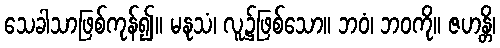
သေခါသာဖြစ်ကုန်၍။ မနုသံ၊ လူ၌ဖြစ်သော။ ဘဝံ၊ ဘဝကို။ ဇဟန္တိ၊